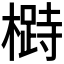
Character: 𱤡